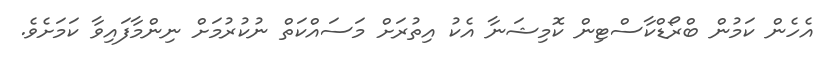
އެހެން ކަމުން ބްރޯޑްކާސްޓިން ކޮމިޝަނާ އެކު އިތުރަށް މަސައްކަތް ނުކުރުމަށް ނިންމާފައިވާ ކަމަށެވެ.